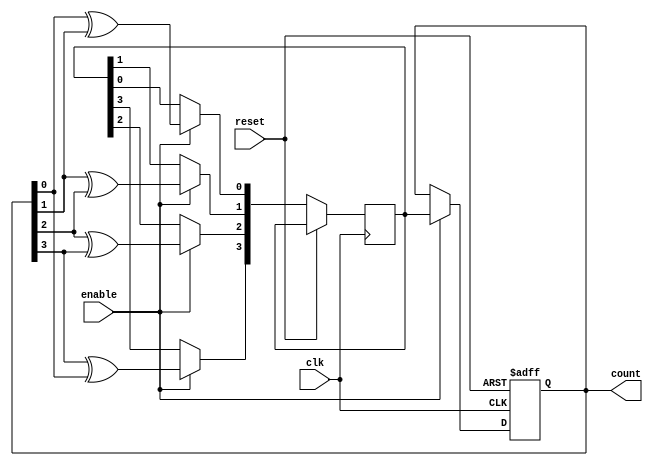
module gray_counter (
  input clk,         // Clock input
  input reset,       // Reset input
  input enable,      // Enable input
  output reg [3:0] count // 4-bit Gray binary counter output
);

reg [3:0] next_count; // Next state of the counter

always @ (posedge clk or posedge reset) begin
  if (reset) begin
    count <= 4'b0000; // Reset the counter to 0
  end else begin
    if (enable) begin
      next_count[0] <= count[0] ^ count[1]; // Calculate the next state using Gray code rules
      next_count[1] <= count[1] ^ count[2];
      next_count[2] <= count[2] ^ count[3];
      next_count[3] <= count[3] ^ count[0];
      count <= next_count; // Update the counter with the next state
    end
  end
end

endmodule